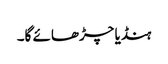
ہنڈیا چڑھائے گا۔